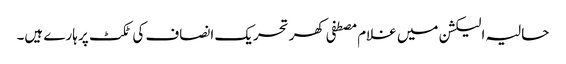
حالیہ الیکشن میں غلام مصطفی کھر تحریک انصاف کی ٹکٹ پر ہارے ہیں۔